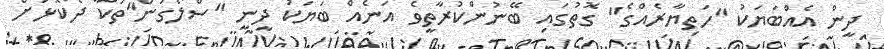
ދީން އެއްބަޔަކު "ހަތިޔާރެއްގެ" ގޮތުގައި ބޭނުންކުރާތީވެ އަނެއް ބަޔަކު ދީނީ "ސްލޯގަން"ތަކާ ދެކޮޅަށް